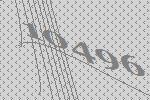
10496